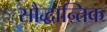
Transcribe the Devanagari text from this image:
सौद्धान्तिक